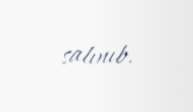
salınıb.